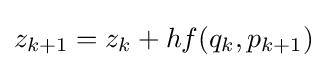
z_{k+1}=z_{k}+hf(q_{k},p_{k+1})